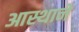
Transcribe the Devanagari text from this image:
आस्थाने